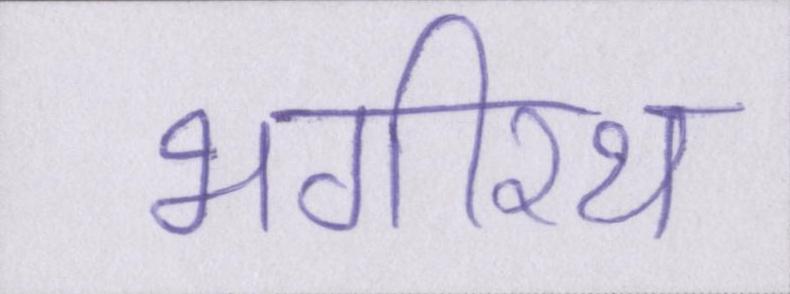
भगीरथ